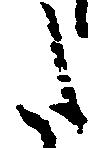
た